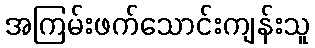
အကြမ်းဖက်သောင်းကျန်းသူ